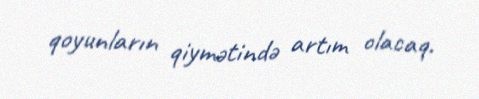
qoyunların qiymətində artım olacaq.